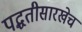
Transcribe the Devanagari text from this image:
पद्धतीसारखेच